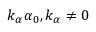
k _ { \alpha } \alpha _ { 0 } , k _ { \alpha } \ne 0